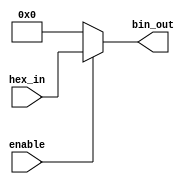
module hex_to_bin_encoder (
    input wire [3:0] hex_in,  // 4-bit hexadecimal input
    input wire enable,        // Enable signal
    output reg [3:0] bin_out  // 4-bit binary output
);

// Always block to implement the combinational logic
always @(*) begin
    if (!enable) begin
        // If enable is low, set output to zero
        bin_out = 4'b0000;
    end else begin
        // If enable is high, map hex_in to bin_out
        bin_out = hex_in; // Direct mapping from hex to binary
    end
end

endmodule